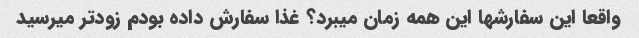
واقعا این سفارشها این همه زمان میبرد؟ غذا سفارش داده بودم زودتر میرسید